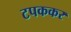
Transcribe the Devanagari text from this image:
टपककर